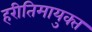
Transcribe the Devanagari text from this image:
हरीतिमायुक्‍त